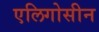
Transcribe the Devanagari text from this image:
एलिगोसीन